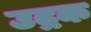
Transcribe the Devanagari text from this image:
उद्रक